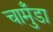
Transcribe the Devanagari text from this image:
चामुँडा